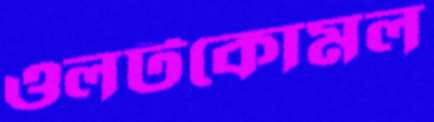
ওলটকোমল